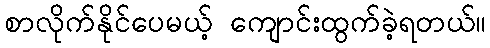
စာလိုက်နိုင်ပေမယ့် ကျောင်းထွက်ခဲ့ရတယ်။